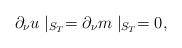
LaTeX: \begin{align*}\partial _{\nu }u\mid _{S_{T}}=\partial _{\nu }m\mid _{S_{T}}=0, \end{align*}